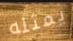
يمثله